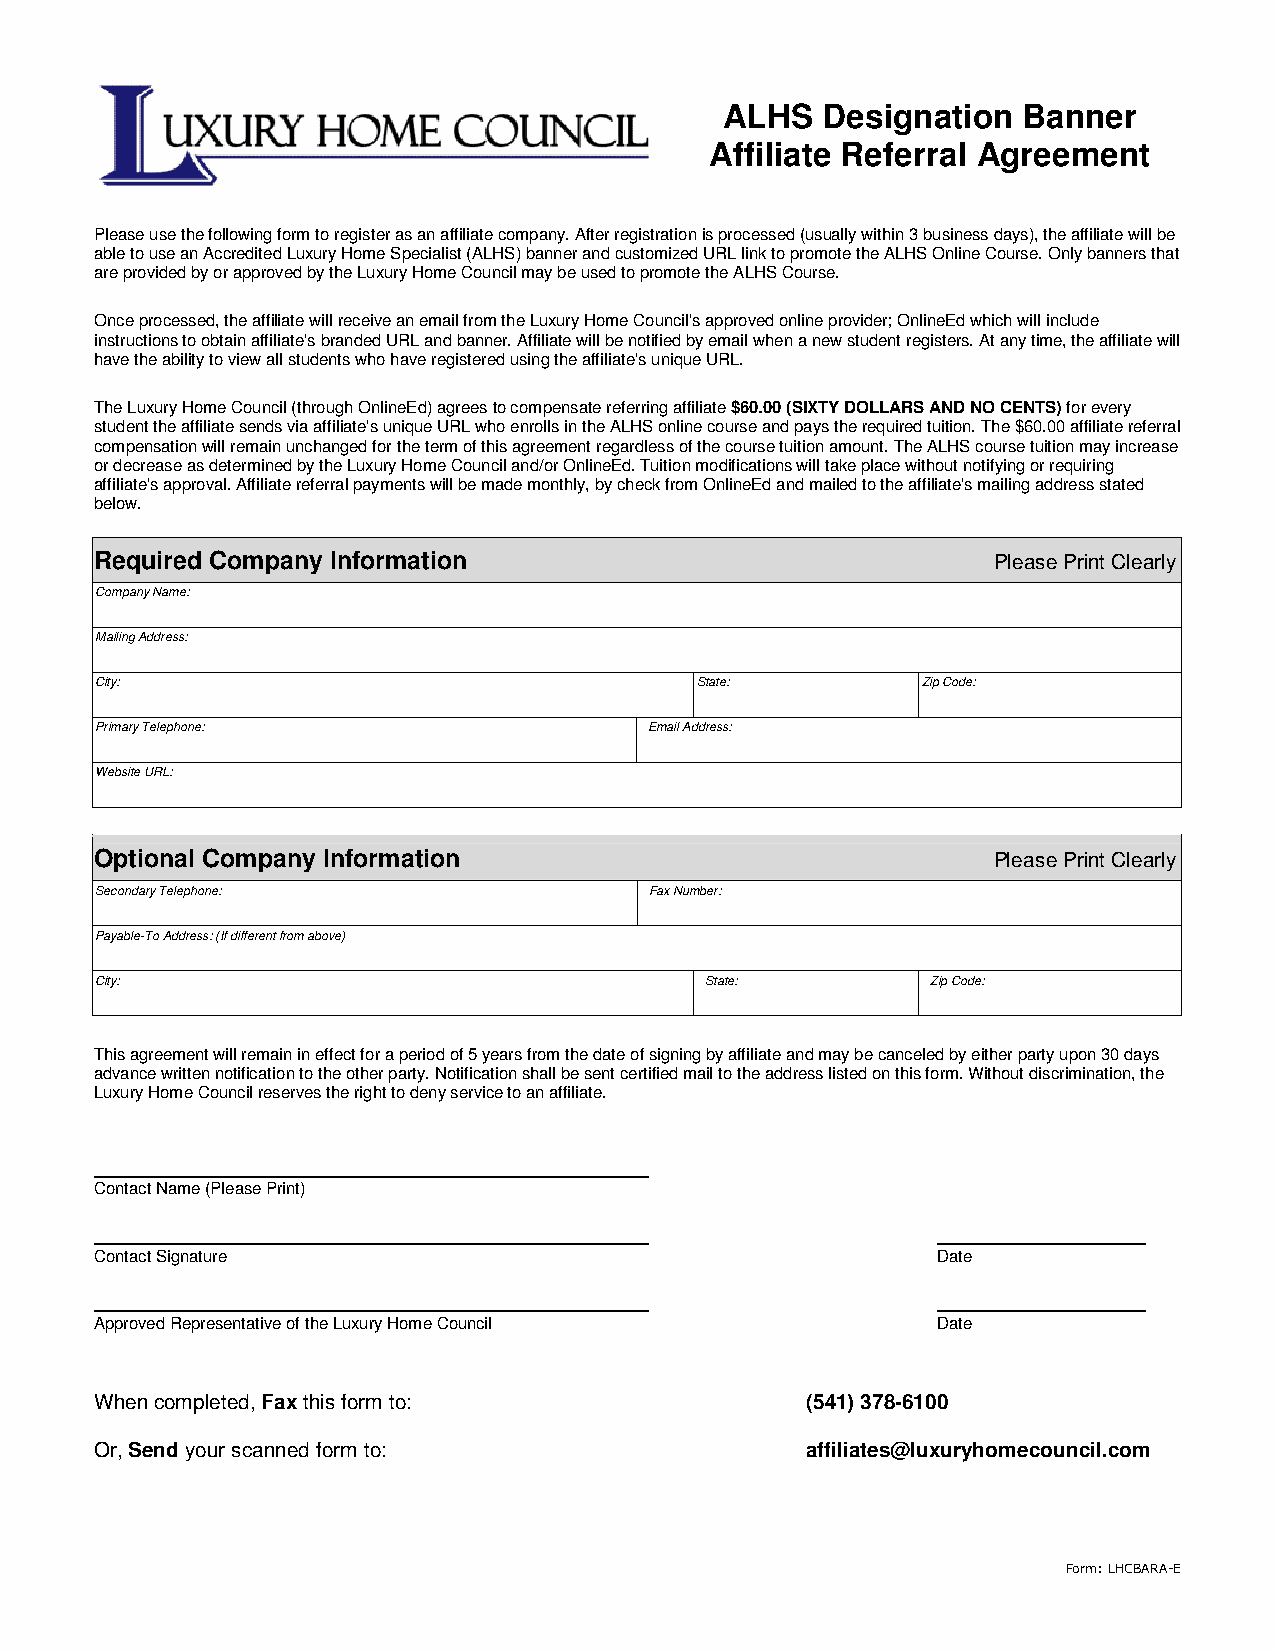
ALHS  Designation   Banner
 Affiliate Referral Agreement
 Please use the following form to register as an affiliate company. After registration is processed (usually within 3 business days), the affiliate will be
 able to use an Accredited Luxury Home Specialist (ALHS) banner and customized URL link to promote the ALHS Online Course. Only banners that
 are provided by or approved by the Luxury Home Council may be used to promote the ALHS Course.
 Once processed, the affiliate will receive an email from the Luxury Home Council's approved online provider; OnlineEd which will include
 instructions to obtain affiliate's branded URL and banner. Affiliate will be notified by email when a new student registers. At any time, the affiliate will
 have the ability to view all students who have registered using the affiliate's unique URL.
 The Luxury Home Council (through OnlineEd) agrees to compensate referring affiliate $60.00 (SIXTY DOLLARS AND NO CENTS) for every
 student the affiliate sends via affiliate's unique URL who enrolls in the ALHS online course and pays the required tuition. The $60.00 affiliate referral
 compensation will remain unchanged for the term of this agreement regardless of the course tuition amount. The ALHS course tuition may increase
 or decrease as determined by the Luxury Home Council and/or OnlineEd. Tuition modifications will take place without notifying or requiring
 affiliate's approval. Affiliate referral payments will be made monthly, by check from OnlineEd and mailed to the affiliate's mailing address stated
 below.
 Required Company Information                                Please Print Clearly
 Company Name:
 Mailing Address:
 City:                                   State:         Zip Code:
 Primary Telephone:                   Email Address:
 Website URL:
 Optional Company Information                                Please Print Clearly
 Secondary Telephone:                 Fax Number:
 Payable-To Address: (If different from above)
 City:                                    State:         Zip Code:
 This agreement will remain in effect for a period of 5 years from the date of signing by affiliate and may be canceled by either party upon 30 days
 advance written notification to the other party. Notification shall be sent certified mail to the address listed on this form. Without discrimination, the
 Luxury Home Council reserves the right to deny service to an affiliate.
 ________________________________________________
 Contact Name (Please Print)
 ________________________________________________        __________________
 Contact Signature                                       Date
 ________________________________________________        __________________
 Approved Representative of the Luxury Home Council      Date
 When completed, Fax this form to:              (541) 378-6100
 Or, Send your scanned form to:                 affiliates@luxuryhomecouncil.com
 Form: LHCBARA-E